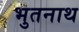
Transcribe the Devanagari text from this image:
भुतनाथ